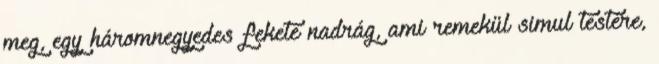
meg, egy háromnegyedes fekete nadrág, ami remekül simul testére,